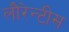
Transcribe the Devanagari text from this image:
लौरेन्टीस